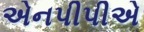
એનપીપીએ